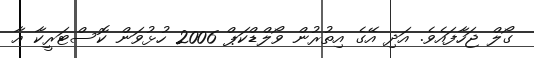
ގޯލް ޖަހާފައެވެ. އަދި އޭގެ އިތުރުން ވޯލްޑްކަޕް 2006 ހުޅުވަން ކޮސްޓަރީކާ އާ